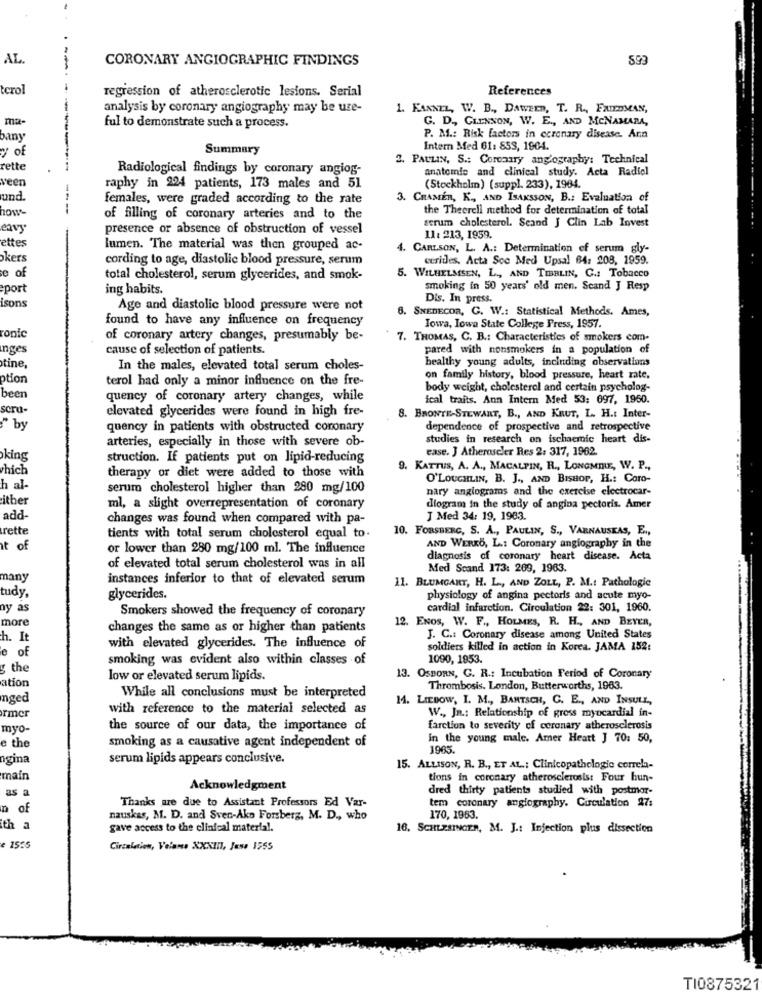
AL
CORONARY ANGIOGRAPHIC FINDINGS
terol
regression of atherosclerotic lesions. Serial
References
analysis by coronary angiography may be uze-
1. KANNEL, W. B ., DAWEED, T. R ., FRIEDMAN,
ma-
G. D ., GLENNON, W. E ., AND MCNAMARA,
ful to demonstrate such a process.
bany
P. M .: Risk factors in coronary disease. Ann
yof
Summary
Intern Med 61: 853, 1904.
2. PAULIN, S .: Coronary ang'ography: Technical
rette
Radiological findings by coronary angiog-
anatomie and clinical study. Acta Radiol
veen
raphy in 224 patients, 173 males and 51
(Stockholm) (suppl. 233), 1964.
und.
females, were graded according to the rate
3. CHAMER, K ., AND ISAKSSON, B .: Evaluation of
the Theorell method for determination of total
of filling of coronary arteries and to the
serum cholesterol. Scand J Clin Lab Invest
eavy
presence or absence of obstruction of vessel
ettes
11: 213, 1959.
lumen. The material was then grouped ac-
. CARLSON, L. A .: Determination of serum gly-
okers
cording to age, diastolic blood pressure, serum
cerides. Acta Scc Med Upsal 64: 208, 1959.
e of
total cholesterol, serum glycerides, and smok-
5. WILHELMSEN, L ., AND TIBBLIN, C .: Tobacco
port
ing habits.
smoking in 50 years' old men. Scand J Resp
isons
Dis. In press.
Age and diastolic blood pressure were not
B. SNEDECOR, C. W .: Statistical Methods. Ames,
found to have any influence on frequency
ronic
Iowa, Iowa State College Press, 1957.
of coronary artery changes, presumably be-
7. THOMAS, C. B .: Characteristics of smokers com-
Inges
cause of selection of patients.
pared with nonsmokers in a population of
healthy young adults, including observations
tine,
In the males, elevated total serum choles-
ption
terol had only a minor influence on the fre-
on family history, blood pressure, heart rate.
body weight, cholesterol and certain psycholog-
been
quency of coronary artery changes, while
ical traits. Ann Intern Med 53: 097, 1950.
scru-
elevated glycerides were found in high fre-
8. BRONTE-STEWART, B ., AND KRUT, L. H .: Inter-
" by
quency in patients with obstructed coronary
dependence of prospective and retrospective
arteries, especially in those with severe ob-
studies in research on ischaemic heart dis-
ease. J Atheroscler Res 2: 317, 1962.
king
struction. If patients put on lipid-reducing
chich
9. KATTUS, A. A ., MACALPIN, R ., LONGMIRE, W. P .,
therapy or diet were added to those with
O'LOUGHLIN, B. J ., AND BISHOP, H .: Coro-
h al-
serum cholesterol higher than 280 mg/100
nary anglograms and the exercise electrocar-
itber
ml, a slight overrepresentation of coronary
diogram in the study of angina pectoris. Amer
add-
changes was found when compared with pa-
J Med 34: 19, 1983.
rette
10. FORSBERG, S. A ., PAULIN, S ., VARNAUSEAS, E .,
tients with total serum cholesterol equal to.
at of
or lower than 280 mg/100 ml. The influence
AND WERKO, L .: Coronary angiography in the
diagnosis of coronary heart disease. Acta
of elevated total serum cholesterol was in all
Med Scand 173: 209, 1963.
many
instances inferior to that of elevated serum
11. BLUMGANT, H. L ., AND ZOLL, P. M .: Pathologie
tudy,
glycerides.
physiology of angina pectoris and acute myo-
ny as
Smokers showed the frequency of coronary
cardial infarction. Circulation 22: 301, 1960.
more
12. ENos, W. F ., HOLMES, R. H ., AND BEYER,
changes the same as or higher than patients
h. It
J. C .: Coronary disease among United States
e of
with elevated glycerides. The influence of
soldiers killed in action in Korea. JAMA 152:
smoking was evident also within classes of
1090, 1853.
the
ation
low or elevated serum lipids.
13. OSBORN, G. R .: Incubation Period of Coronary
While all conclusions must be interpreted
Thrombosis. London, Butterworths, 1963.
ged
14. LIEDOW, I. M ., BARTSCH, C. E ., AND INSULL,
with reference to the material selected as
rmer
W ., Jn: Relationship of gross myocardial in-
myo-
the source of our data, the importance of
farction to severity of coronary atherosclerosis
e the
smoking as a causative agent independent of
In the young male. Amer Heatt J 70: 50,
1965.
ngina
serum lipids appears conclusive.
15. ALLISON, R. B ., ET AL .: Clinicopathologic correla-
main
tions in coronary atherosclerosis: Four hun-
as a
Acknowledgment
dred thirty patients studied with postmor-
Thanks are due to Assistant Professors Ed Var-
n of
tem coronary angiography. Circulation 27:
nauskas, M. D. and Sven-Ako Forsberg, M. D ., who
170, 1983.
ith a
gave access to the clinical material.
16, SCHLESINGER, M. J .: Infection plus dissection
e 1555
Circulation, Velames XXXIII, Jese 1555
TI0875321